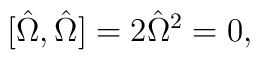
[{\hat\Omega},{\hat\Omega}]=2{\hat\Omega}^2=0 ,